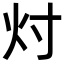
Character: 𬉴